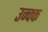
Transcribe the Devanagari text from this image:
उन्क्क